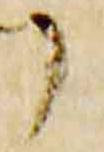
了